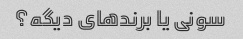
سونی یا برندهای دیگه؟